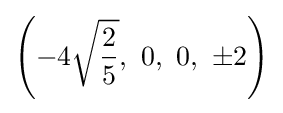
\left(-4{\sqrt {\frac {2}{5}}},\ 0,\ 0,\ \pm 2\right)